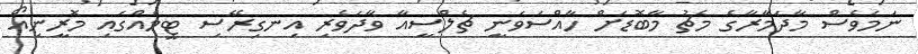
ނަމަވެސް މާދަމާރާގެ މެޗު މާބޮޑަށް ހާއްސަވަނީ ޗެލްސީއާ ވާދަވެރި އިނގިރޭސި ޓީމެއްގައި މޮރީނިއޯ